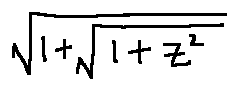
\sqrt { 1 + \sqrt { 1 + z ^ { 2 } } }